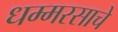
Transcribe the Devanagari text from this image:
धम्मरसाचे